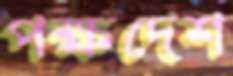
পক্ষদেশ